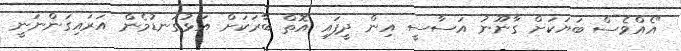
"އެއްވެސް ބަޔަކަށް ގާނޫނު އަސާސީ އިން ދީފައި އޮތް ބާރަކަށް އަޅުގަނޑުމެން އަރައިގަންނަނީ